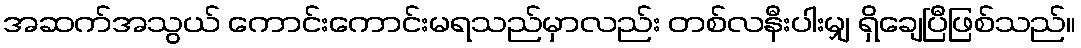
အဆက်အသွယ် ကောင်းကောင်းမရသည်မှာလည်း တစ်လနီးပါးမျှ ရှိချေပြီဖြစ်သည်။